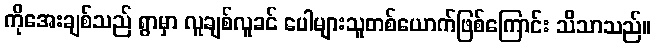
ကိုအေးချစ်သည် ရွာမှာ လူချစ်လူခင် ပေါများသူတစ်ယောက်ဖြစ်ကြောင်း သိသာသည်။